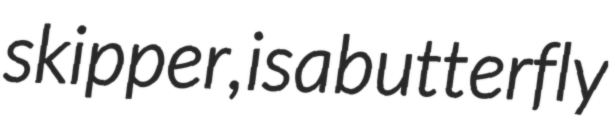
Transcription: skipper, is a butterfly